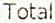
TOTAL